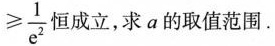
\frac { 1 } { e ^ { 2 } }$$ 恒成立，求a的取值范围。